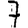
Digit: 7